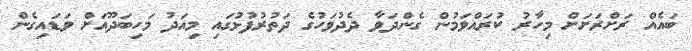
ބައެއް ރަށްރަށަށް މިހާރު ކުރައްވަމުން ގެންދަވާ ދެދުވަހުގެ ދަތުރުފުޅުގައި މިއަދު މަހިބަދޫއަށް ވަޑައިގެން